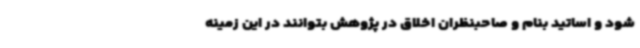
شود و اساتید بنام و صاحبنظران اخلاق در پژوهش بتوانند در این زمینه